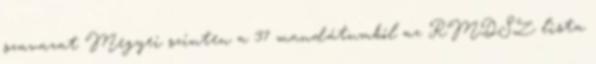
szavazat Megyei szinten a 37 mandátumból az RMDSZ lista